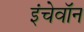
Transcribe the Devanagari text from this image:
इंचेवॉन